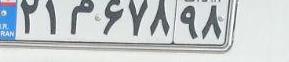
۲۱م۶۷۸۹۸